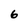
Character: 6